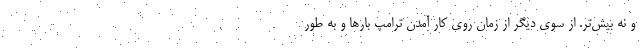
و نه بیش‌تر. از سوی دیگر از زمان روی کار آمدن ترامپ بارها و به طور